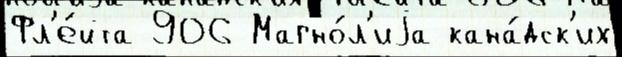
Фл'е́йта 906 Магно́л'иjа кана́дск'их